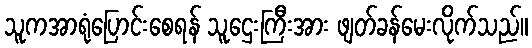
သူကအာရုံပြောင်းစေရန် သူဌေးကြီးအား ဖျတ်ခန်မေးလိုက်သည်။